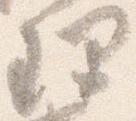
理